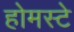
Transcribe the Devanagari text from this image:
होमस्टे